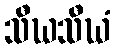
သီဃသီဃံ